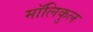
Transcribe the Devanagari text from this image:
मॉलिकुल